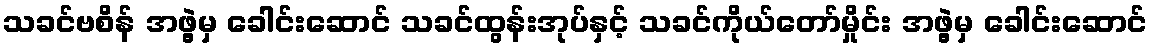
သခင်ဗစိန် အဖွဲ့မှ ခေါင်းဆောင် သခင်ထွန်းအုပ်နှင့် သခင်ကိုယ်တော်မှိုင်း အဖွဲ့မှ ခေါင်းဆောင်